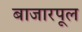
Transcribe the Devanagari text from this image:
बाजारपूल